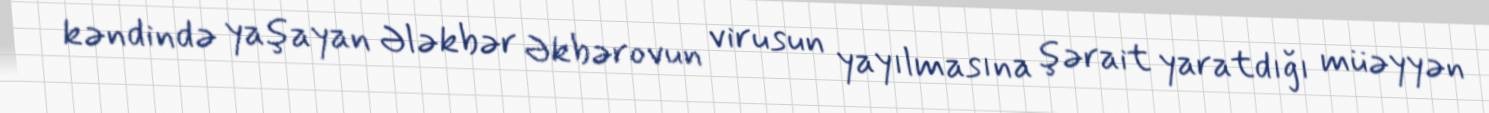
kəndində yaşayan Ələkbər Əkbərovun virusun yayılmasına şərait yaratdığı müəyyən